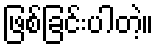
ဖြစ်ခြင်းပါတဲ့။